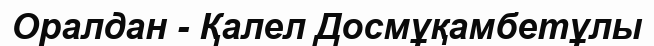
Оралдан - Қалел Досмұқамбетұлы